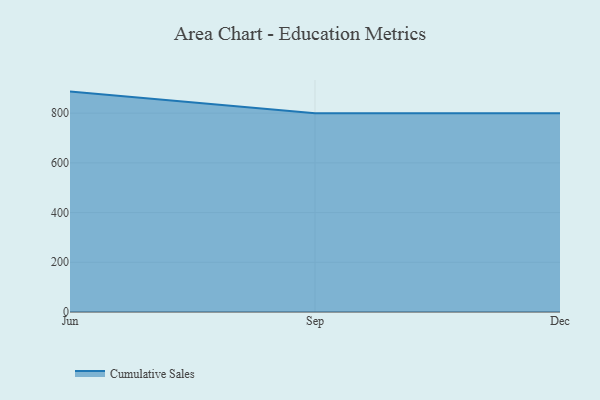
{"axis": {"x": "Month", "y": "Budget (USD K)"}, "legend": ["Cumulative Sales"], "data": [{"x": "Jun", "y": 886.8, "type": "Cumulative Sales"}, {"x": "Sep", "y": 800, "type": "Cumulative Sales"}, {"x": "Dec", "y": 800, "type": "Cumulative Sales"}]}